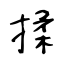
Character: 揉